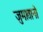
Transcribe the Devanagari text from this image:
जुमातानो